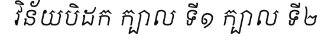
វិន័យបិដក ក្បាល ទី១ ក្បាល ទី២